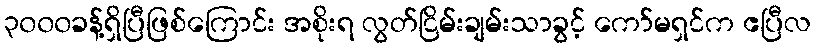
၃၀၀၀ခန့်ရှိပြီဖြစ်ကြောင်း အစိုးရ လွတ်ငြိမ်းချမ်းသာခွင့် ကော်မရှင်က ဧပြီလ